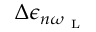
\Delta \epsilon _ { n \omega _ { \mathrm { ~ L ~ } } }